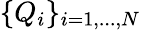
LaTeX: \{ Q_{i}\} _{i=1,...,N}